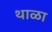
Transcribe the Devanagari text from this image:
थाळा